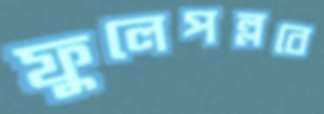
ফুলেপল্লবে